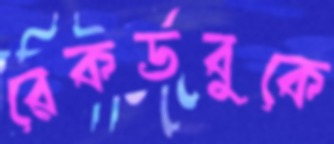
রেকর্ডবুকে